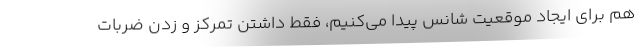
هم برای ایجاد موقعیت شانس پیدا می‌کنیم، فقط داشتن تمرکز و زدن ضربات